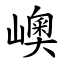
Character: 㠗